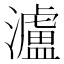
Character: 瀘